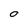
Character: O